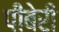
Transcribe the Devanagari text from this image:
पीबेरी